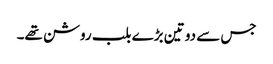
جس سے دو تین بڑے بلب روشن تھے۔